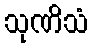
သုဏိသံ